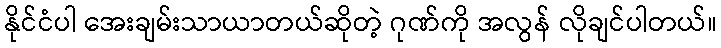
နိုင်ငံပါ အေးချမ်းသာယာတယ်ဆိုတဲ့ ဂုဏ်ကို အလွန် လိုချင်ပါတယ်။